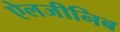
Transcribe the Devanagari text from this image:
ऐलजीनिब